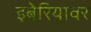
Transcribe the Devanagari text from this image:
इबेरियावर